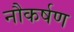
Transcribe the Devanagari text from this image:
नौकर्षण